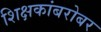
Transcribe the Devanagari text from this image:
शिक्षकांबरोबर